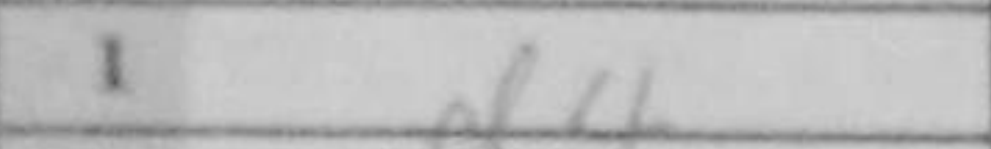
Transcription: d4